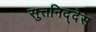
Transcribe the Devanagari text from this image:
सुत्तनिद्देस